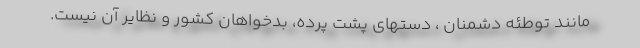
مانند توطئه دشمنان ، دستهای پشت پرده، بدخواهان کشور و نظایر آن نیست.